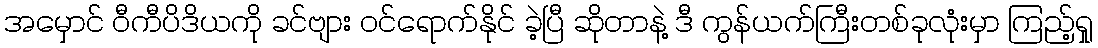
အမှောင် ဝီကီပိဒိယကို ခင်ဗျား ဝင်ရောက်နိုင် ခဲ့ပြီ ဆိုတာနဲ့ ဒီ ကွန်ယက်ကြီးတစ်ခုလုံးမှာ ကြည့်ရှု